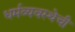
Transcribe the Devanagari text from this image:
धर्मव्यवस्थेची